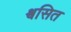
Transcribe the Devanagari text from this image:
श्वसित